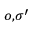
_ { o , \sigma ^ { \prime } }